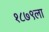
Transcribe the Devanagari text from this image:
१८७९ला